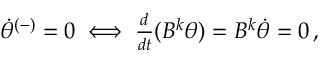
\begin{array} { r } { \Dot { \theta } ^ { ( - ) } = 0 \iff \frac { d } { d t } ( B ^ { k } \theta ) = B ^ { k } \Dot { \theta } = 0 \, , } \end{array}